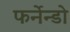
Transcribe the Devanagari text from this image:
फर्नेन्डो